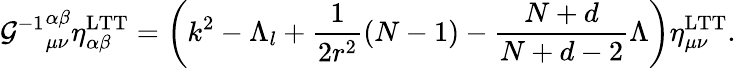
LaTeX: {{\cal G}^{-1}}_{\mu\nu}^{\alpha\beta}\eta_{\alpha\beta}^{\mathrm{LTT}}=\left(k^{2}-\Lambda_{l}+\frac{1}{2r^{2}}(N-1)-\frac{N+d}{N+d-2}\Lambda\right)\eta_{\mu\nu}^{\mathrm{LTT}}.